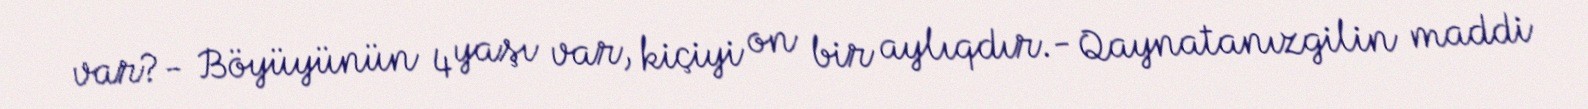
var?- Böyüyünün 4 yaşı var, kiçiyi on bir aylıqdır.- Qaynatanızgilin maddi